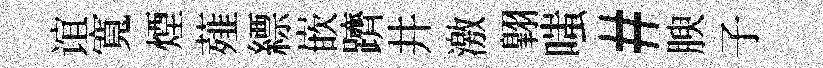
谊寬煙薤縹嵌躋井激翺嗤#腴子